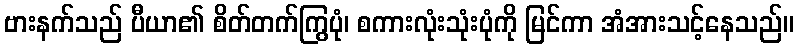
ဗားနက်သည် ပီယာ၏ စိတ်တက်ကြွပုံ၊ စကားလုံးသုံးပုံကို မြင်ကာ အံအားသင့်နေသည်။